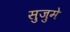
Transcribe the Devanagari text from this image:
सुजुमे